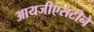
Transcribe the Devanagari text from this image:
आयजीएसटीने